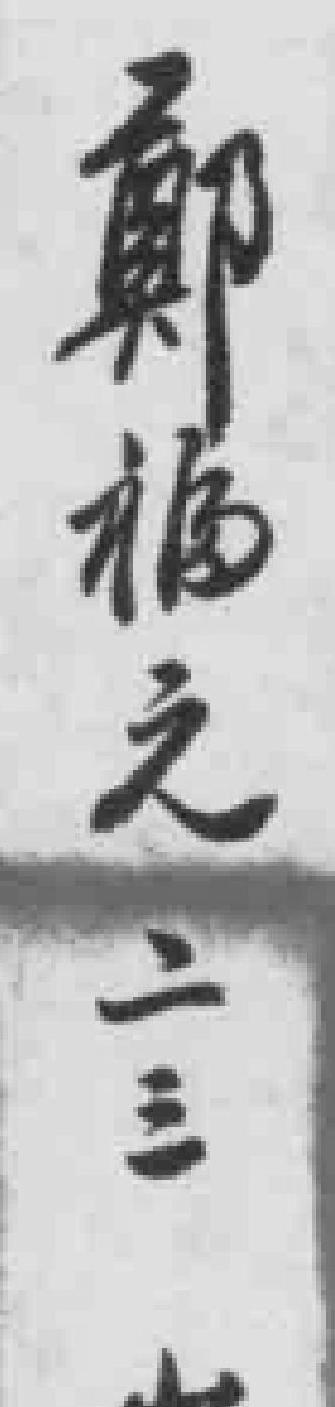
鄭福元二三